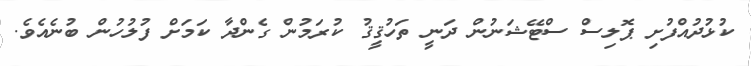
ކުޅުދުއްފުށި ޕޮލިސް ސްޓޭޝަނުން ދަނީ ތަހުޤީޤު ކުރަމުން ގެންދާ ކަމަށް ފުލުހުން ބުނެއެވެ.